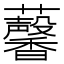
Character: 𧅥